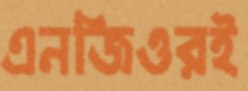
এনজিওরই